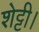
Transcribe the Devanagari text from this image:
शेट्टी।